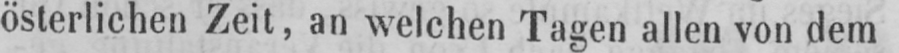
österlichen Zeit, an welchen Tagen allen von dem